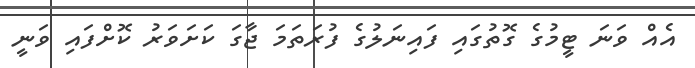
އެއް ވަނަ ޓީމުގެ ގޮތުގައި ފައިނަލުގެ ފުރަތަމަ ޖާގަ ކަށަވަރު ކޮށްފައި ވަނީ